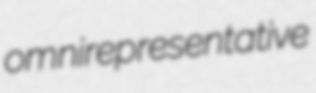
omnirepresentative